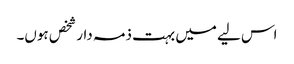
اس لیے میں بہت ذمہ دار شخص ہوں۔